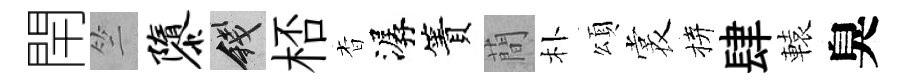
閈竺隳錢桮杳潺簀蕳朴頌裳拚肆轅臭